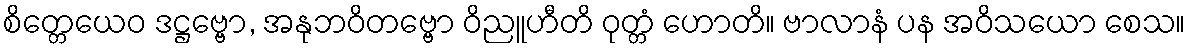
စိတ္တေယေဝ ဒဋ္ဌဗ္ဗော, အနုဘဝိတဗ္ဗော ဝိညူဟီတိ ဝုတ္တံ ဟောတိ။ ဗာလာနံ ပန အဝိသယော စေသ။